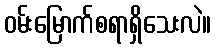
ဝမ်းမြောက်စရာရှိသေးလဲ။